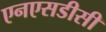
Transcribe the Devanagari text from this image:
एनएसडीसी